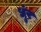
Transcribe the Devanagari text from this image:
धुंर